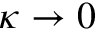
\kappa \to 0